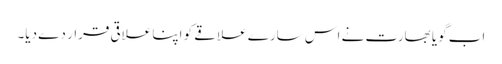
اب گویا بھارت نے اس سارے علاقے کو اپنا علاقی قرار دے دیا۔